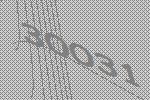
30031